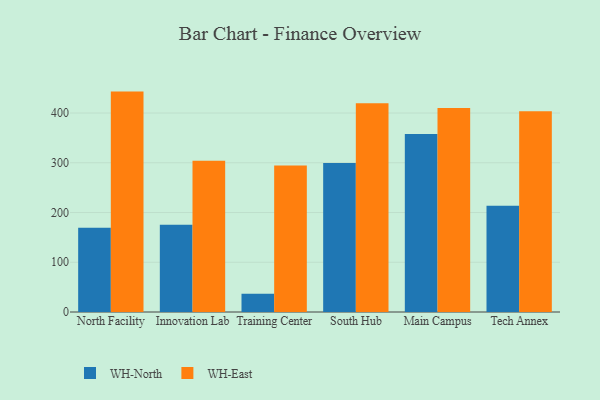
{"axis": {"x": "Campus", "y": "Operating Costs (USD K)"}, "legend": ["WH-East", "WH-North"], "data": [{"x": "North Facility", "y": 169.4, "type": "WH-North"}, {"x": "North Facility", "y": 443.1, "type": "WH-East"}, {"x": "Innovation Lab", "y": 175.2, "type": "WH-North"}, {"x": "Innovation Lab", "y": 304.1, "type": "WH-East"}, {"x": "Training Center", "y": 36.5, "type": "WH-North"}, {"x": "Training Center", "y": 294.6, "type": "WH-East"}, {"x": "South Hub", "y": 299.4, "type": "WH-North"}, {"x": "South Hub", "y": 419.7, "type": "WH-East"}, {"x": "Main Campus", "y": 357.8, "type": "WH-North"}, {"x": "Main Campus", "y": 410.2, "type": "WH-East"}, {"x": "Tech Annex", "y": 213.6, "type": "WH-North"}, {"x": "Tech Annex", "y": 403.6, "type": "WH-East"}]}